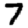
Digit: 7